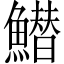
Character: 䲋